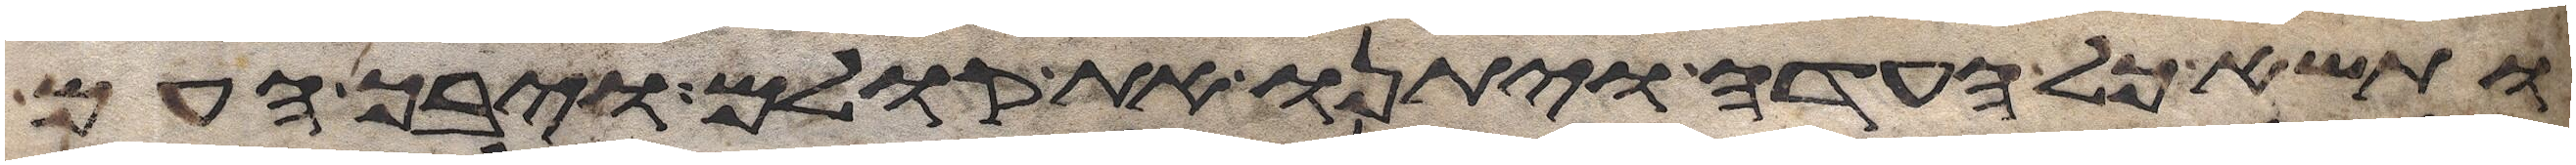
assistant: ותשא כל העדה ויתנו את קולם ויבך העם